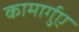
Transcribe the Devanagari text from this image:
कामार्गुए